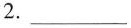
2.___